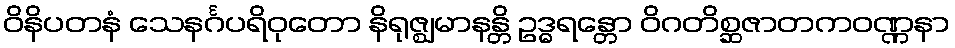
ဝိနိပတနံ သေနင်္ဂပရိဝုတော နိရုဇ္ဈမာနန္တိ ဥဒ္ဓရန္တော ဝိဂတိစ္ဆဇာတကဝဏ္ဏနာ